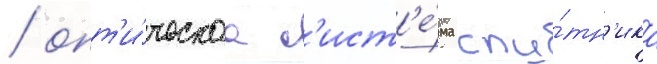
/ опт'и́ческаа с'ист'е́ма спу́тн'ика